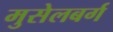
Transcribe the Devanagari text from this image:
मुसेलबर्ग